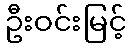
ဦးဝင်းမြင့်